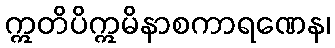
ဣတိပိဣမိနာစကာရဏေန၊